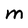
Character: M